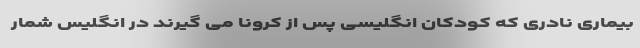
بیماری نادری که کودکان انگلیسی پس از کرونا می گیرند در انگلیس شمار